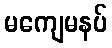
မကျေမနပ်